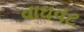
વાઘવટ